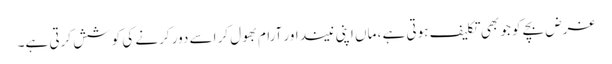
غرض بچے کو جو بھی تکلیف ہوتی ہے ، ماں اپنی نیند اور آرام بھول کر اسے دور کرنے کی کوشش کرتی ہے۔